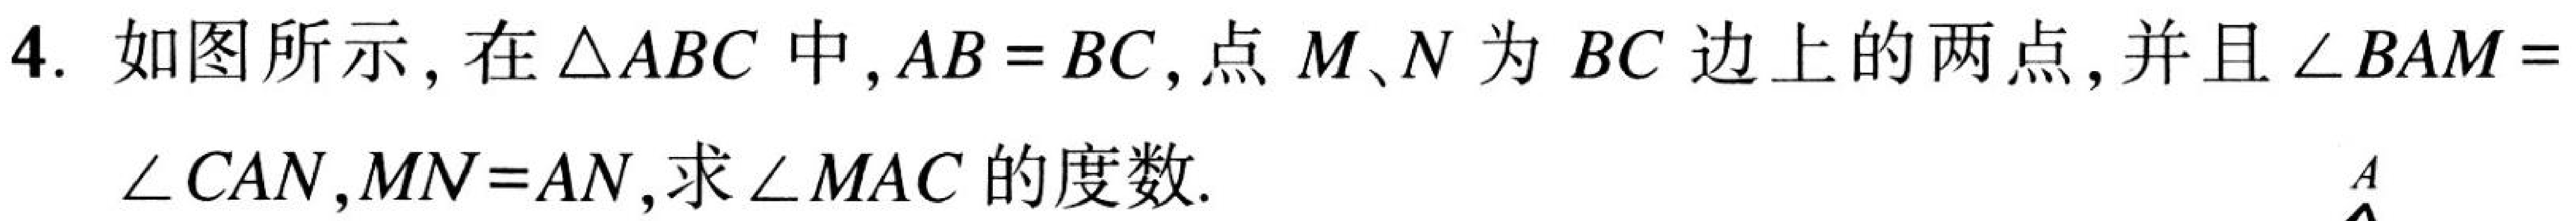
4. 如图所示,在$\triangle ABC$中,$AB = BC$,点$M、N$为$BC$边上的两点,并且$\angle BAM = \angle CAN,MN = AN$,求$\angle MAC$的度数.